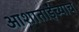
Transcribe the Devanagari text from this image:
आशाताईंच्याच